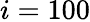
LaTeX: i=100